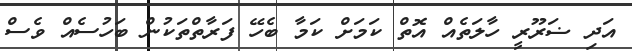
އަދި ޟަރޫރީ ހާލަތެއް އޮތް ކަމަށް ކަމާ ބެހޭ ފަރާތްތަކުން ބަހުސެއް ވެސް